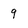
Character: 9